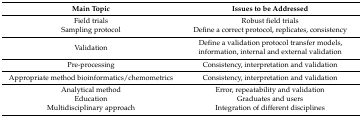
| Main Topic | Issues to be Addressed |
 | --- | --- |
 | Field trials | Robust field trials |
 | Sampling protocol | Define a correct protocol, replicates, consistency |
 | Validation | Define a validation protocol transfer models, information, internal and external validation |
 | Pre-processing | Consistency, interpretation and validation |
 | Appropriate method bioinformatics/chemometrics | Consistency, interpretation and validation |
 | Analytical method | Error, repeatability and validation |
 | Education | Graduates and users |
 | Multidisciplinary approach | Integration of different disciplines |